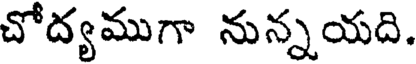
చోద్యముగా నున్నయది.